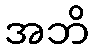
အဘိ